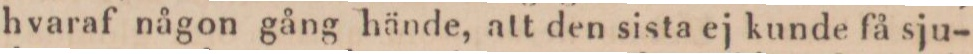
hvaraf någon gång hände, att den sista ej kunde få sju-